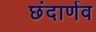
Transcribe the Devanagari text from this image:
छंदार्णव